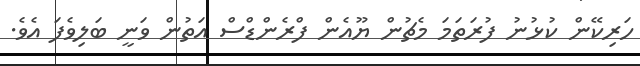
ހަރިކޭން ކުޅުނު ފުރަތަމަ މެޗުން ޔޫއެން ފްރެންޑްސް އަތުން ވަނީ ބަލިވެފަ އެވެ.